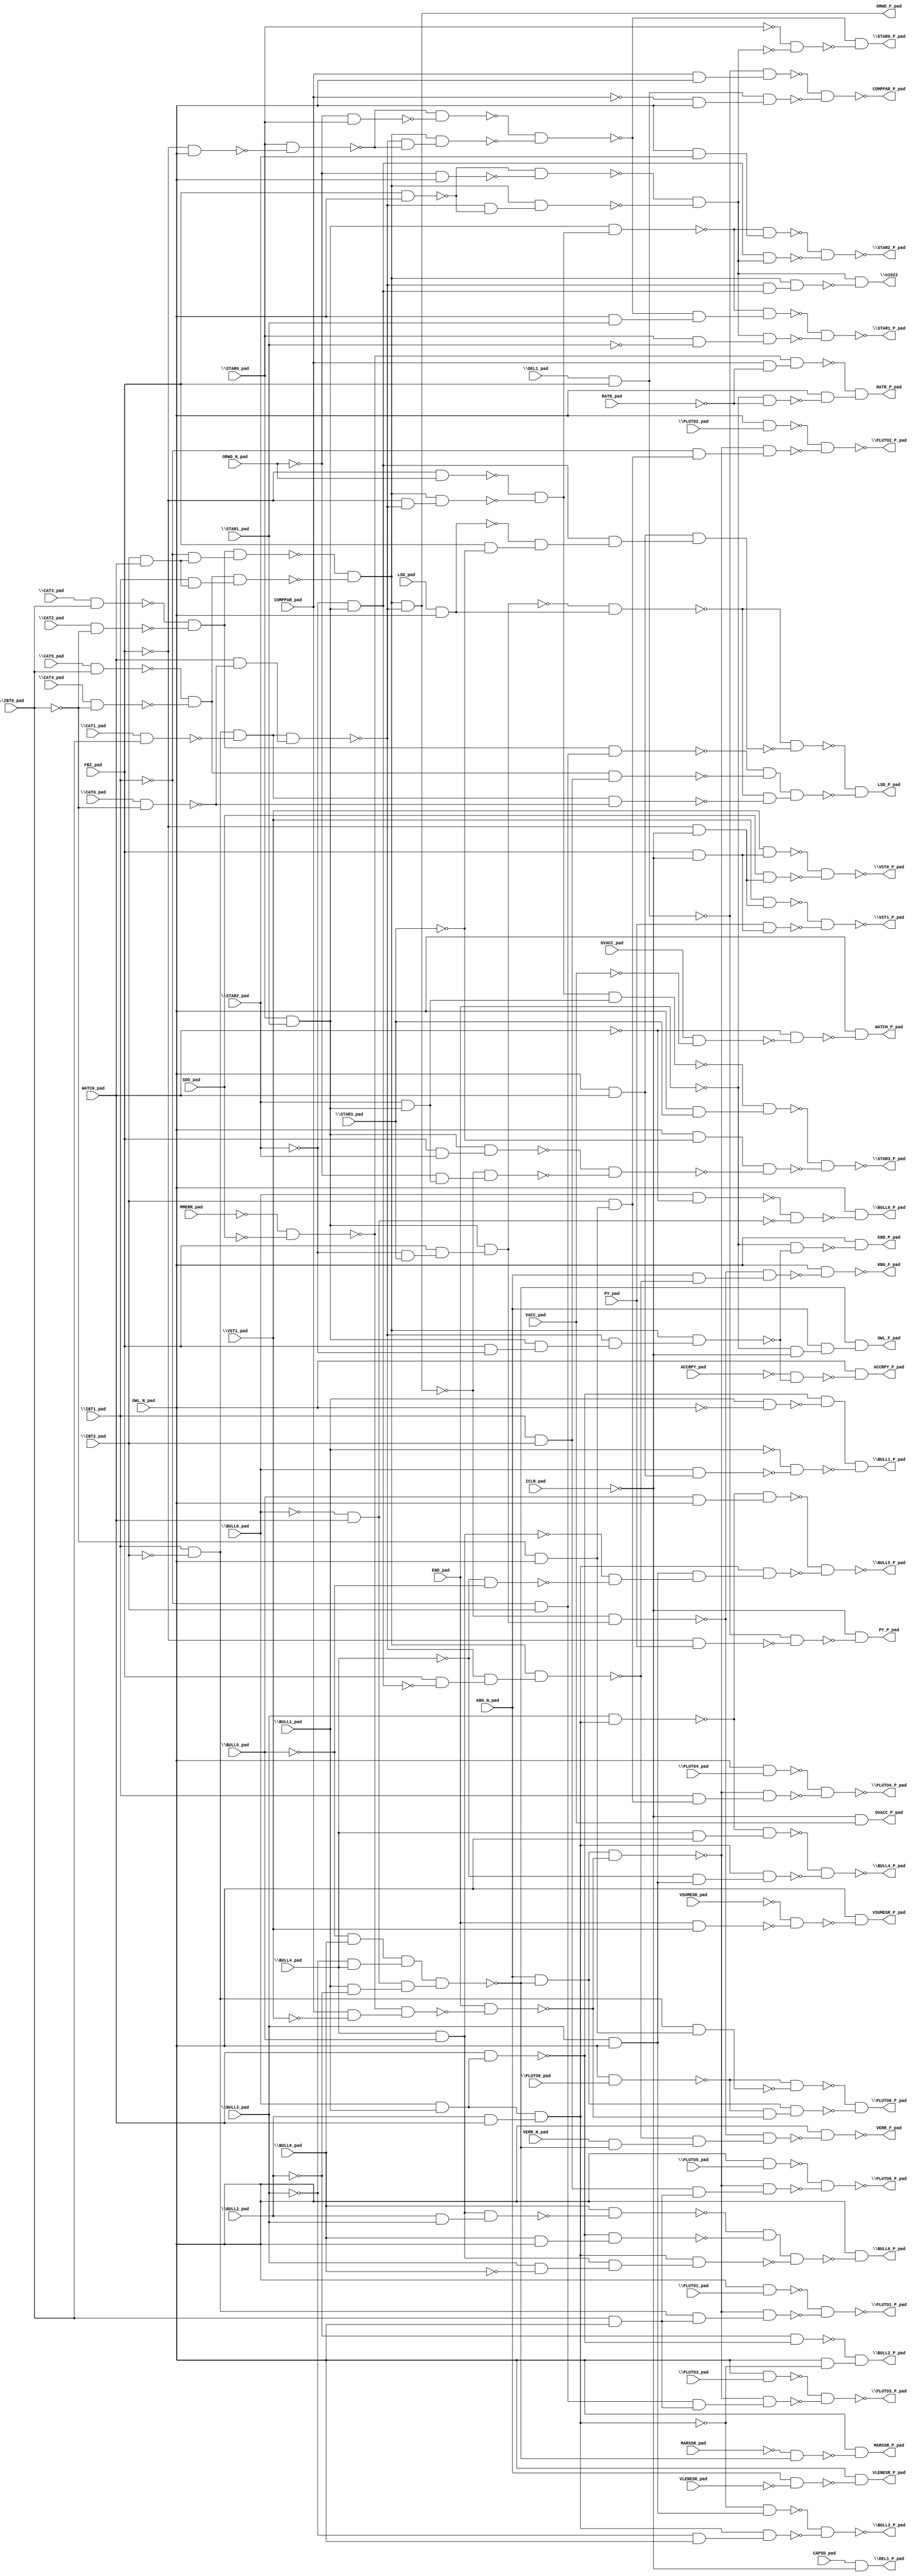
module top( ACCRPY_pad , \BULL0_pad  , \BULL1_pad  , \BULL2_pad  , \BULL3_pad  , \BULL4_pad  , \BULL5_pad  , \BULL6_pad  , CAPSD_pad , \CAT0_pad  , \CAT1_pad  , \CAT2_pad  , \CAT3_pad  , \CAT4_pad  , \CAT5_pad  , COMPPAR_pad , \DEL1_pad  , END_pad , FBI_pad , \IBT0_pad  , \IBT1_pad  , \IBT2_pad  , ICLR_pad , KBG_N_pad , LSD_pad , MARSSR_pad , MMERR_pad , ORWD_N_pad , OVACC_pad , OWL_N_pad , \PLUTO0_pad  , \PLUTO1_pad  , \PLUTO2_pad  , \PLUTO3_pad  , \PLUTO4_pad  , \PLUTO5_pad  , PY_pad , RATR_pad , SDO_pad , \STAR0_pad  , \STAR1_pad  , \STAR2_pad  , \STAR3_pad  , VACC_pad , VERR_N_pad , VLENESR_pad , \VST1_pad  , VSUMESR_pad , WATCH_pad , ACCRPY_P_pad , \BULL0_P_pad  , \BULL1_P_pad  , \BULL2_P_pad  , \BULL3_P_pad  , \BULL4_P_pad  , \BULL5_P_pad  , \BULL6_P_pad  , COMPPAR_P_pad , \DEL1_P_pad  , END_P_pad , KBG_F_pad , LSD_P_pad , MARSSR_P_pad , ORWD_F_pad , OVACC_P_pad , OWL_F_pad , \PLUTO0_P_pad  , \PLUTO1_P_pad  , \PLUTO2_P_pad  , \PLUTO3_P_pad  , \PLUTO4_P_pad  , \PLUTO5_P_pad  , PY_P_pad , RATR_P_pad , \STAR0_P_pad  , \STAR1_P_pad  , \STAR2_P_pad  , \STAR3_P_pad  , VERR_F_pad , VLENESR_P_pad , \VST0_P_pad  , \VST1_P_pad  , VSUMESR_P_pad , WATCH_P_pad , \n1022  );
  input ACCRPY_pad ;
  input \BULL0_pad  ;
  input \BULL1_pad  ;
  input \BULL2_pad  ;
  input \BULL3_pad  ;
  input \BULL4_pad  ;
  input \BULL5_pad  ;
  input \BULL6_pad  ;
  input CAPSD_pad ;
  input \CAT0_pad  ;
  input \CAT1_pad  ;
  input \CAT2_pad  ;
  input \CAT3_pad  ;
  input \CAT4_pad  ;
  input \CAT5_pad  ;
  input COMPPAR_pad ;
  input \DEL1_pad  ;
  input END_pad ;
  input FBI_pad ;
  input \IBT0_pad  ;
  input \IBT1_pad  ;
  input \IBT2_pad  ;
  input ICLR_pad ;
  input KBG_N_pad ;
  input LSD_pad ;
  input MARSSR_pad ;
  input MMERR_pad ;
  input ORWD_N_pad ;
  input OVACC_pad ;
  input OWL_N_pad ;
  input \PLUTO0_pad  ;
  input \PLUTO1_pad  ;
  input \PLUTO2_pad  ;
  input \PLUTO3_pad  ;
  input \PLUTO4_pad  ;
  input \PLUTO5_pad  ;
  input PY_pad ;
  input RATR_pad ;
  input SDO_pad ;
  input \STAR0_pad  ;
  input \STAR1_pad  ;
  input \STAR2_pad  ;
  input \STAR3_pad  ;
  input VACC_pad ;
  input VERR_N_pad ;
  input VLENESR_pad ;
  input \VST1_pad  ;
  input VSUMESR_pad ;
  input WATCH_pad ;
  output ACCRPY_P_pad ;
  output \BULL0_P_pad  ;
  output \BULL1_P_pad  ;
  output \BULL2_P_pad  ;
  output \BULL3_P_pad  ;
  output \BULL4_P_pad  ;
  output \BULL5_P_pad  ;
  output \BULL6_P_pad  ;
  output COMPPAR_P_pad ;
  output \DEL1_P_pad  ;
  output END_P_pad ;
  output KBG_F_pad ;
  output LSD_P_pad ;
  output MARSSR_P_pad ;
  output ORWD_F_pad ;
  output OVACC_P_pad ;
  output OWL_F_pad ;
  output \PLUTO0_P_pad  ;
  output \PLUTO1_P_pad  ;
  output \PLUTO2_P_pad  ;
  output \PLUTO3_P_pad  ;
  output \PLUTO4_P_pad  ;
  output \PLUTO5_P_pad  ;
  output PY_P_pad ;
  output RATR_P_pad ;
  output \STAR0_P_pad  ;
  output \STAR1_P_pad  ;
  output \STAR2_P_pad  ;
  output \STAR3_P_pad  ;
  output VERR_F_pad ;
  output VLENESR_P_pad ;
  output \VST0_P_pad  ;
  output \VST1_P_pad  ;
  output VSUMESR_P_pad ;
  output WATCH_P_pad ;
  output \n1022  ;
  wire n50 , n51 , n52 , n53 , n54 , n55 , n56 , n57 , n58 , n59 , n60 , n61 , n62 , n63 , n64 , n65 , n66 , n67 , n68 , n69 , n70 , n71 , n72 , n73 , n74 , n75 , n76 , n77 , n78 , n79 , n80 , n81 , n82 , n83 , n84 , n85 , n86 , n87 , n88 , n89 , n90 , n91 , n92 , n93 , n94 , n95 , n96 , n97 , n98 , n99 , n100 , n101 , n102 , n103 , n104 , n105 , n106 , n107 , n108 , n109 , n110 , n111 , n112 , n113 , n114 , n115 , n116 , n117 , n118 , n119 , n120 , n121 , n122 , n123 , n124 , n125 , n126 , n127 , n128 , n129 , n130 , n131 , n132 , n133 , n134 , n135 , n136 , n137 , n138 , n139 , n140 , n141 , n142 , n143 , n144 , n145 , n146 , n147 , n148 , n149 , n150 , n151 , n152 , n153 , n154 , n155 , n156 , n157 , n158 , n159 , n160 , n161 , n162 , n163 , n164 , n165 , n166 , n167 , n168 , n169 , n170 , n171 , n172 , n173 , n174 , n175 , n176 , n177 , n178 , n179 , n180 , n181 , n182 , n183 , n184 , n185 , n186 , n187 , n188 , n189 , n190 , n191 , n192 , n193 , n194 , n195 , n196 , n197 , n198 , n199 , n200 , n201 , n202 , n203 , n204 , n205 , n206 , n207 , n208 , n209 , n210 , n211 , n212 , n213 , n214 , n215 , n216 , n217 , n218 , n219 , n220 , n221 , n222 , n223 , n224 , n225 , n226 , n227 , n228 , n229 , n230 , n231 , n232 , n233 , n234 , n235 , n236 , n237 , n238 , n239 , n240 , n241 , n242 , n243 , n244 , n245 , n246 , n247 , n248 , n249 , n250 , n251 , n252 , n253 , n254 , n255 , n256 , n257 , n258 , n259 , n260 , n261 , n262 , n263 , n264 , n265 , n266 , n267 , n268 , n269 , n270 , n271 , n272 , n273 , n274 , n275 , n276 , n277 , n278 ;
  assign n50 = \CAT3_pad  & \IBT0_pad  ;
  assign n51 = \CAT2_pad  & ~\IBT0_pad  ;
  assign n52 = ~n50 & ~n51 ;
  assign n53 = \IBT2_pad  & WATCH_pad ;
  assign n54 = ~\IBT1_pad  & n53 ;
  assign n55 = n52 & n54 ;
  assign n56 = \CAT5_pad  & \IBT0_pad  ;
  assign n57 = \CAT4_pad  & ~\IBT0_pad  ;
  assign n58 = ~n56 & ~n57 ;
  assign n59 = \IBT1_pad  & n53 ;
  assign n60 = n58 & n59 ;
  assign n61 = ~n55 & ~n60 ;
  assign n62 = \IBT1_pad  & ~\IBT2_pad  ;
  assign n63 = \CAT1_pad  & \IBT0_pad  ;
  assign n64 = n62 & ~n63 ;
  assign n65 = \CAT0_pad  & ~\IBT0_pad  ;
  assign n66 = WATCH_pad & ~n65 ;
  assign n67 = n64 & n66 ;
  assign n68 = \STAR0_pad  & \STAR1_pad  ;
  assign n69 = FBI_pad & ~\STAR2_pad  ;
  assign n70 = n68 & n69 ;
  assign n71 = ~n67 & n70 ;
  assign n72 = n61 & n71 ;
  assign n73 = ~ACCRPY_pad & ~n72 ;
  assign n74 = OWL_N_pad & ~n73 ;
  assign n75 = \BULL0_pad  & ~WATCH_pad ;
  assign n76 = ~\BULL0_pad  & WATCH_pad ;
  assign n77 = ~n75 & ~n76 ;
  assign n78 = OWL_N_pad & ~n77 ;
  assign n79 = \BULL0_pad  & \BULL1_pad  ;
  assign n80 = WATCH_pad & n79 ;
  assign n81 = \BULL1_pad  & ~OWL_N_pad ;
  assign n82 = ~n80 & ~n81 ;
  assign n83 = OWL_N_pad & WATCH_pad ;
  assign n84 = \BULL0_pad  & n83 ;
  assign n85 = ~\BULL1_pad  & ~n84 ;
  assign n86 = n82 & ~n85 ;
  assign n87 = ~\BULL2_pad  & ~n80 ;
  assign n88 = \BULL2_pad  & WATCH_pad ;
  assign n89 = n79 & n88 ;
  assign n90 = OWL_N_pad & ~n89 ;
  assign n91 = ~n87 & n90 ;
  assign n92 = \BULL3_pad  & OWL_N_pad ;
  assign n93 = ~n89 & n92 ;
  assign n94 = ~\BULL3_pad  & OWL_N_pad ;
  assign n95 = n89 & n94 ;
  assign n96 = ~n93 & ~n95 ;
  assign n97 = \BULL3_pad  & n89 ;
  assign n98 = \BULL4_pad  & OWL_N_pad ;
  assign n99 = ~n97 & n98 ;
  assign n100 = ~\BULL4_pad  & n92 ;
  assign n101 = n89 & n100 ;
  assign n102 = ~n99 & ~n101 ;
  assign n103 = \BULL5_pad  & OWL_N_pad ;
  assign n104 = ~n97 & n103 ;
  assign n105 = \BULL4_pad  & \BULL5_pad  ;
  assign n106 = ~\BULL4_pad  & ~\BULL5_pad  ;
  assign n107 = ~n105 & ~n106 ;
  assign n108 = n92 & n107 ;
  assign n109 = n89 & n108 ;
  assign n110 = ~n104 & ~n109 ;
  assign n111 = \BULL2_pad  & \BULL3_pad  ;
  assign n112 = n105 & n111 ;
  assign n113 = \BULL6_pad  & ~n112 ;
  assign n114 = \BULL6_pad  & OWL_N_pad ;
  assign n115 = ~n80 & n114 ;
  assign n116 = ~n113 & ~n115 ;
  assign n117 = \BULL3_pad  & ~\BULL6_pad  ;
  assign n118 = n105 & n117 ;
  assign n119 = n89 & n118 ;
  assign n120 = n116 & ~n119 ;
  assign n121 = OWL_N_pad & ~n120 ;
  assign n122 = \DEL1_pad  & FBI_pad ;
  assign n123 = COMPPAR_pad & OWL_N_pad ;
  assign n124 = ~n122 & n123 ;
  assign n125 = ~COMPPAR_pad & OWL_N_pad ;
  assign n126 = n122 & n125 ;
  assign n127 = ~n124 & ~n126 ;
  assign n128 = CAPSD_pad & ~ICLR_pad ;
  assign n129 = ~END_pad & ~n72 ;
  assign n130 = OWL_N_pad & ~n129 ;
  assign n131 = n61 & ~n67 ;
  assign n132 = ~\STAR2_pad  & \STAR3_pad  ;
  assign n133 = FBI_pad & n132 ;
  assign n134 = n68 & n133 ;
  assign n135 = ~n131 & n134 ;
  assign n136 = ~\STAR2_pad  & n68 ;
  assign n137 = FBI_pad & ~n136 ;
  assign n138 = ~n67 & n137 ;
  assign n139 = n61 & n138 ;
  assign n140 = KBG_N_pad & ~n139 ;
  assign n141 = ~n135 & n140 ;
  assign n142 = OWL_N_pad & ~n141 ;
  assign n143 = LSD_pad & OWL_N_pad ;
  assign n144 = ~n134 & n143 ;
  assign n145 = FBI_pad & ~\STAR3_pad  ;
  assign n146 = ~n143 & n145 ;
  assign n147 = n136 & n146 ;
  assign n148 = n83 & n147 ;
  assign n149 = ~n144 & ~n148 ;
  assign n150 = ~\IBT1_pad  & \IBT2_pad  ;
  assign n151 = n52 & n150 ;
  assign n152 = \IBT1_pad  & \IBT2_pad  ;
  assign n153 = n58 & n152 ;
  assign n154 = ~n151 & ~n153 ;
  assign n155 = n64 & ~n65 ;
  assign n156 = ~n144 & ~n155 ;
  assign n157 = n154 & n156 ;
  assign n158 = ~n149 & ~n157 ;
  assign n159 = ~\BULL5_pad  & \BULL6_pad  ;
  assign n160 = ~\BULL3_pad  & \BULL4_pad  ;
  assign n161 = n159 & n160 ;
  assign n162 = \BULL1_pad  & ~\BULL2_pad  ;
  assign n163 = n76 & n162 ;
  assign n164 = n161 & n163 ;
  assign n165 = ~MARSSR_pad & ~n164 ;
  assign n166 = OWL_N_pad & ~n165 ;
  assign n167 = ~ICLR_pad & VACC_pad ;
  assign n168 = ~END_pad & ~ICLR_pad ;
  assign n169 = KBG_N_pad & n168 ;
  assign n170 = ~n164 & n169 ;
  assign n171 = OWL_N_pad & \PLUTO0_pad  ;
  assign n172 = ~\IBT0_pad  & OWL_N_pad ;
  assign n173 = n62 & n172 ;
  assign n174 = ~n171 & ~n173 ;
  assign n175 = KBG_N_pad & ~n164 ;
  assign n176 = ~MMERR_pad & ~SDO_pad ;
  assign n177 = COMPPAR_pad & ~\VST1_pad  ;
  assign n178 = ~n176 & n177 ;
  assign n179 = END_pad & ~n178 ;
  assign n180 = ~n171 & ~n179 ;
  assign n181 = n175 & n180 ;
  assign n182 = ~n174 & ~n181 ;
  assign n183 = OWL_N_pad & \PLUTO1_pad  ;
  assign n184 = n175 & ~n179 ;
  assign n185 = \IBT0_pad  & OWL_N_pad ;
  assign n186 = n62 & n185 ;
  assign n187 = ~n184 & n186 ;
  assign n188 = ~n183 & ~n187 ;
  assign n189 = OWL_N_pad & \PLUTO2_pad  ;
  assign n190 = \IBT2_pad  & n172 ;
  assign n191 = ~\IBT1_pad  & n190 ;
  assign n192 = ~n184 & n191 ;
  assign n193 = ~n189 & ~n192 ;
  assign n194 = OWL_N_pad & \PLUTO3_pad  ;
  assign n195 = n150 & n185 ;
  assign n196 = ~n184 & n195 ;
  assign n197 = ~n194 & ~n196 ;
  assign n198 = OWL_N_pad & \PLUTO4_pad  ;
  assign n199 = \IBT1_pad  & n190 ;
  assign n200 = ~n184 & n199 ;
  assign n201 = ~n198 & ~n200 ;
  assign n202 = OWL_N_pad & \PLUTO5_pad  ;
  assign n203 = n152 & n185 ;
  assign n204 = ~n184 & n203 ;
  assign n205 = ~n202 & ~n204 ;
  assign n206 = ~FBI_pad & PY_pad ;
  assign n207 = ~n122 & ~n206 ;
  assign n208 = ~ICLR_pad & ~n207 ;
  assign n209 = COMPPAR_pad & ~RATR_pad ;
  assign n210 = ~n176 & n209 ;
  assign n211 = ~END_pad & ~RATR_pad ;
  assign n212 = OWL_N_pad & ~n211 ;
  assign n213 = ~n210 & n212 ;
  assign n214 = ~FBI_pad & OWL_N_pad ;
  assign n215 = \STAR0_pad  & ~n214 ;
  assign n216 = ~ORWD_N_pad & \STAR0_pad  ;
  assign n217 = ~n215 & ~n216 ;
  assign n218 = ~n67 & ~n215 ;
  assign n219 = n61 & n218 ;
  assign n220 = ~n217 & ~n219 ;
  assign n221 = FBI_pad & OWL_N_pad ;
  assign n222 = ~ORWD_N_pad & OWL_N_pad ;
  assign n223 = ~n221 & ~n222 ;
  assign n224 = ~n67 & ~n221 ;
  assign n225 = n61 & n224 ;
  assign n226 = ~n223 & ~n225 ;
  assign n227 = ~\STAR0_pad  & ~n226 ;
  assign n228 = ~n220 & ~n227 ;
  assign n229 = ~FBI_pad & ORWD_N_pad ;
  assign n230 = ~FBI_pad & ~n67 ;
  assign n231 = n61 & n230 ;
  assign n232 = ~n229 & ~n231 ;
  assign n233 = n68 & n232 ;
  assign n234 = OWL_N_pad & \STAR1_pad  ;
  assign n235 = ~n220 & n234 ;
  assign n236 = ~n233 & n235 ;
  assign n237 = \STAR0_pad  & ~\STAR1_pad  ;
  assign n238 = n226 & n237 ;
  assign n239 = ~n236 & ~n238 ;
  assign n240 = OWL_N_pad & \STAR2_pad  ;
  assign n241 = ~n233 & n240 ;
  assign n242 = n136 & n226 ;
  assign n243 = ~n241 & ~n242 ;
  assign n244 = \STAR2_pad  & n68 ;
  assign n245 = n232 & n244 ;
  assign n246 = OWL_N_pad & \STAR3_pad  ;
  assign n247 = ~n245 & n246 ;
  assign n248 = OWL_N_pad & ~\STAR3_pad  ;
  assign n249 = FBI_pad & \STAR2_pad  ;
  assign n250 = n68 & n249 ;
  assign n251 = ~ORWD_N_pad & n244 ;
  assign n252 = ~n131 & n251 ;
  assign n253 = ~n250 & ~n252 ;
  assign n254 = n248 & ~n253 ;
  assign n255 = ~n247 & ~n254 ;
  assign n256 = VERR_N_pad & ~n164 ;
  assign n257 = ~n139 & n256 ;
  assign n258 = ~n135 & n257 ;
  assign n259 = OWL_N_pad & ~n258 ;
  assign n260 = KBG_N_pad & ~VLENESR_pad ;
  assign n261 = OWL_N_pad & ~n260 ;
  assign n262 = FBI_pad & ~ICLR_pad ;
  assign n263 = \VST1_pad  & n262 ;
  assign n264 = ~FBI_pad & ~ICLR_pad ;
  assign n265 = SDO_pad & n264 ;
  assign n266 = ~n263 & ~n265 ;
  assign n267 = \VST1_pad  & n264 ;
  assign n268 = PY_pad & n262 ;
  assign n269 = ~n267 & ~n268 ;
  assign n270 = END_pad & \VST1_pad  ;
  assign n271 = ~VSUMESR_pad & ~n270 ;
  assign n272 = OWL_N_pad & ~n271 ;
  assign n273 = OVACC_pad & ~VACC_pad ;
  assign n274 = ~WATCH_pad & ~n273 ;
  assign n275 = OWL_N_pad & ~n274 ;
  assign n276 = ~n67 & n136 ;
  assign n277 = n61 & n276 ;
  assign n278 = n226 & ~n277 ;
  assign ACCRPY_P_pad = n74 ;
  assign \BULL0_P_pad  = n78 ;
  assign \BULL1_P_pad  = n86 ;
  assign \BULL2_P_pad  = n91 ;
  assign \BULL3_P_pad  = ~n96 ;
  assign \BULL4_P_pad  = ~n102 ;
  assign \BULL5_P_pad  = ~n110 ;
  assign \BULL6_P_pad  = n121 ;
  assign COMPPAR_P_pad = ~n127 ;
  assign \DEL1_P_pad  = n128 ;
  assign END_P_pad = n130 ;
  assign KBG_F_pad = ~n142 ;
  assign LSD_P_pad = n158 ;
  assign MARSSR_P_pad = n166 ;
  assign ORWD_F_pad = n131 ;
  assign OVACC_P_pad = n167 ;
  assign OWL_F_pad = n170 ;
  assign \PLUTO0_P_pad  = n182 ;
  assign \PLUTO1_P_pad  = ~n188 ;
  assign \PLUTO2_P_pad  = ~n193 ;
  assign \PLUTO3_P_pad  = ~n197 ;
  assign \PLUTO4_P_pad  = ~n201 ;
  assign \PLUTO5_P_pad  = ~n205 ;
  assign PY_P_pad = n208 ;
  assign RATR_P_pad = n213 ;
  assign \STAR0_P_pad  = n228 ;
  assign \STAR1_P_pad  = ~n239 ;
  assign \STAR2_P_pad  = ~n243 ;
  assign \STAR3_P_pad  = ~n255 ;
  assign VERR_F_pad = ~n259 ;
  assign VLENESR_P_pad = n261 ;
  assign \VST0_P_pad  = ~n266 ;
  assign \VST1_P_pad  = ~n269 ;
  assign VSUMESR_P_pad = n272 ;
  assign WATCH_P_pad = n275 ;
  assign \n1022  = n278 ;
endmodule